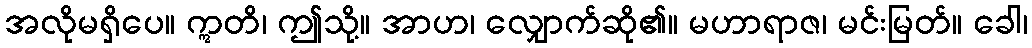
အလိုမရှိပေ။ ဣတိ၊ ဤသို့။ အာဟ၊ လျှောက်ဆို၏။ မဟာရာဇ၊ မင်းမြတ်။ ခေါ၊